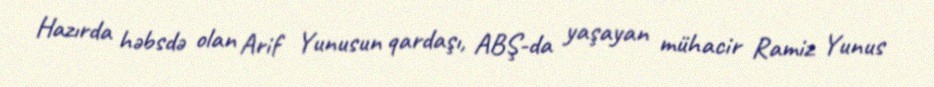
Hazırda həbsdə olan Arif Yunusun qardaşı, ABŞ-da yaşayan mühacir Ramiz Yunus